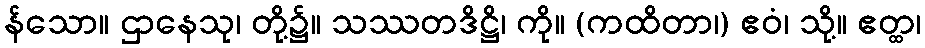
န်သော။ ဌာနေသု၊ တို့၌။ သဿတဒိဋ္ဌိ၊ ကို။ (ကထိတာ၊) ဧဝံ၊ သို့။ ဧတ္ထ၊